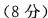
(8分)